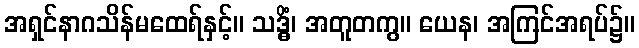
အရှင်နာဂသိန်မထေရ်နှင့်။ သဒ္ဓိံ၊ အတူတကွ။ ယေန၊ အကြင်အရပ်၌။